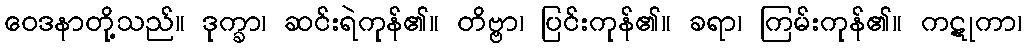
ဝေဒနာတို့သည်။ ဒုက္ခာ၊ ဆင်းရဲကုန်၏။ တိဗ္ဗာ၊ ပြင်းကုန်၏။ ခရာ၊ ကြမ်းကုန်၏။ ကဋုကာ၊